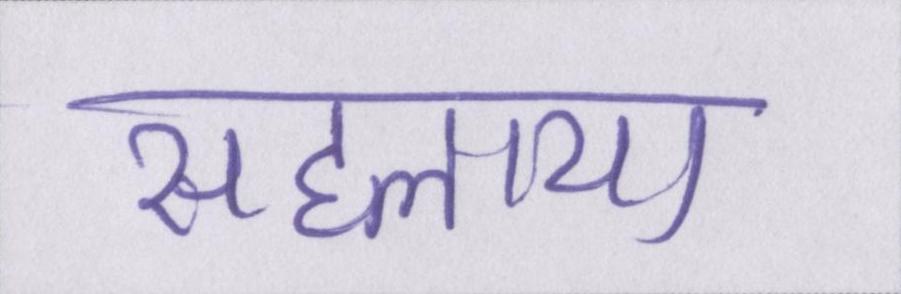
सहलाया